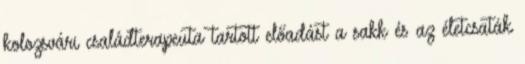
kolozsvári családterapeuta tartott előadást a sakk és az életcsaták